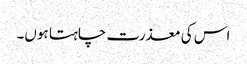
اس کی معذرت چاہتا ہوں۔